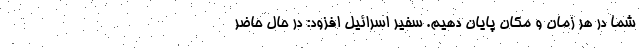
شما در هر زمان و مکان پایان دهیم. سفیر اسرائیل افزود: در حال حاضر